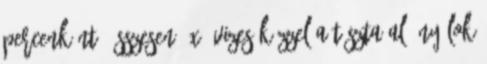
percenként, összesen 4x. Vizes kézzel a tészta alá nyúlok